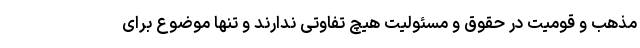
مذهب و قومیت در حقوق و مسئولیت هیچ تفاوتی ندارند و تنها موضوع برای